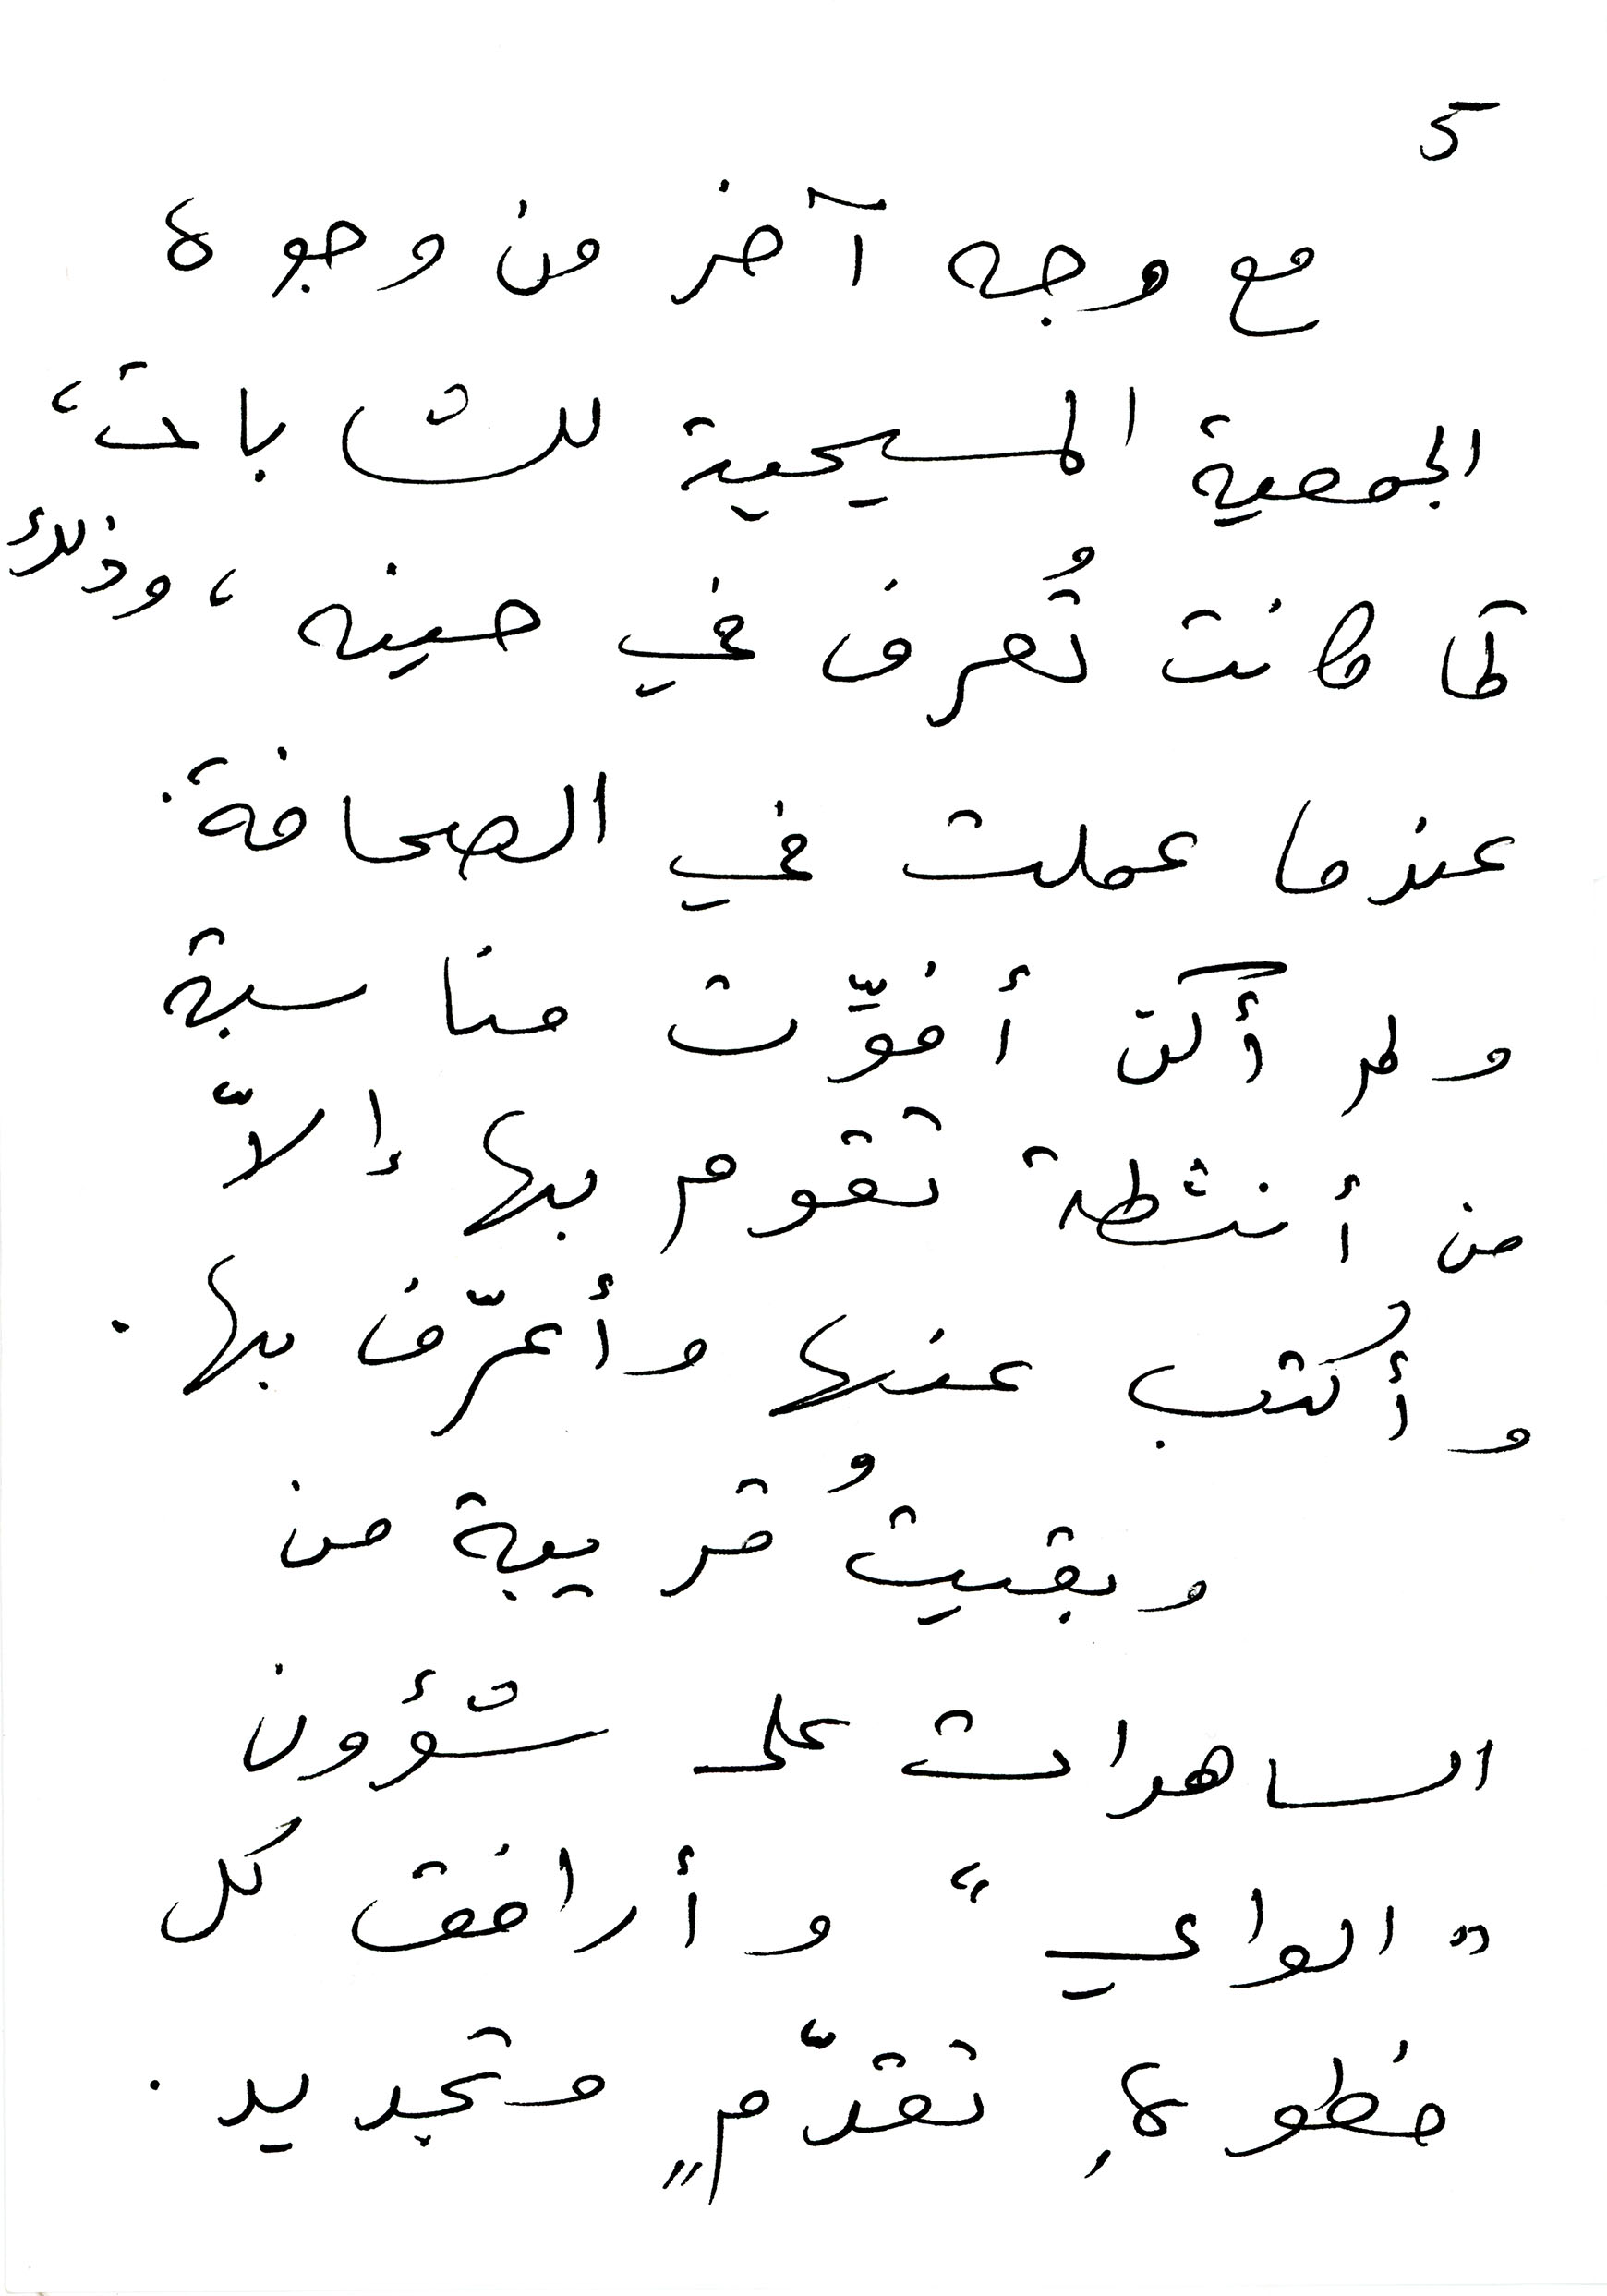
5
مع وجه آخر من وجوه
الجمعية المسيحية للشابات،
كما كانت تُعرف في حينه، وذلك
عندما عملت في الصحافة.
ولم أكن أفوٍٍٍِِّت مناسبة
من أنشطة تقوم بها إلاّ
وأكتب عنها وأعرّف بها.
وبقيتُ قريبة من
الساهرات على شؤون
" الواي" وأرافق كل
خطوةِ تقدّمٍ وتجديد.